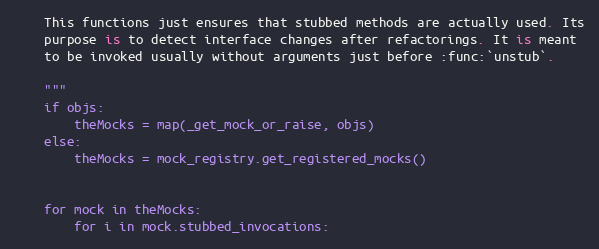
Language: Python
    This functions just ensures that stubbed methods are actually used. Its
    purpose is to detect interface changes after refactorings. It is meant
    to be invoked usually without arguments just before :func:`unstub`.

    """
    if objs:
        theMocks = map(_get_mock_or_raise, objs)
    else:
        theMocks = mock_registry.get_registered_mocks()

    for mock in theMocks:
        for i in mock.stubbed_invocations: